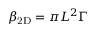
\beta _ { \mathrm { 2 D } } = \pi L ^ { 2 } \Gamma